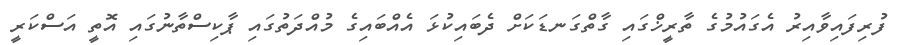
ފުރިފައިވާއިރު އެގައުމުގެ ތާރީޚްގައި ގާތްގަނޑަކަށް ދެބައިކުޅަ އެއްބައިގެ މުއްދަތުގައި ޕާކިސްތާނުގައި އޮތީ އަސްކަރީ